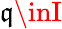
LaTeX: \mathfrak{q}\inI